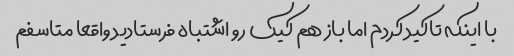
با اینکه تاکید کردم اما باز هم کیک رو اشتباه فرستادید واقعا متاسفم